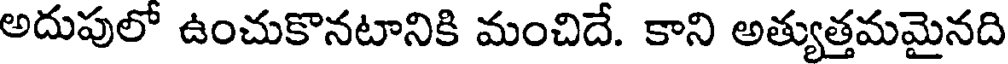
అదుపులో ఉంచుకొనటానికి మంచిదే. కాని అత్యుత్తమమైనది